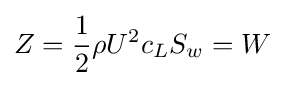
Z={\frac {1}{2}}\rho U^{2}c_{L}S_{w}=W